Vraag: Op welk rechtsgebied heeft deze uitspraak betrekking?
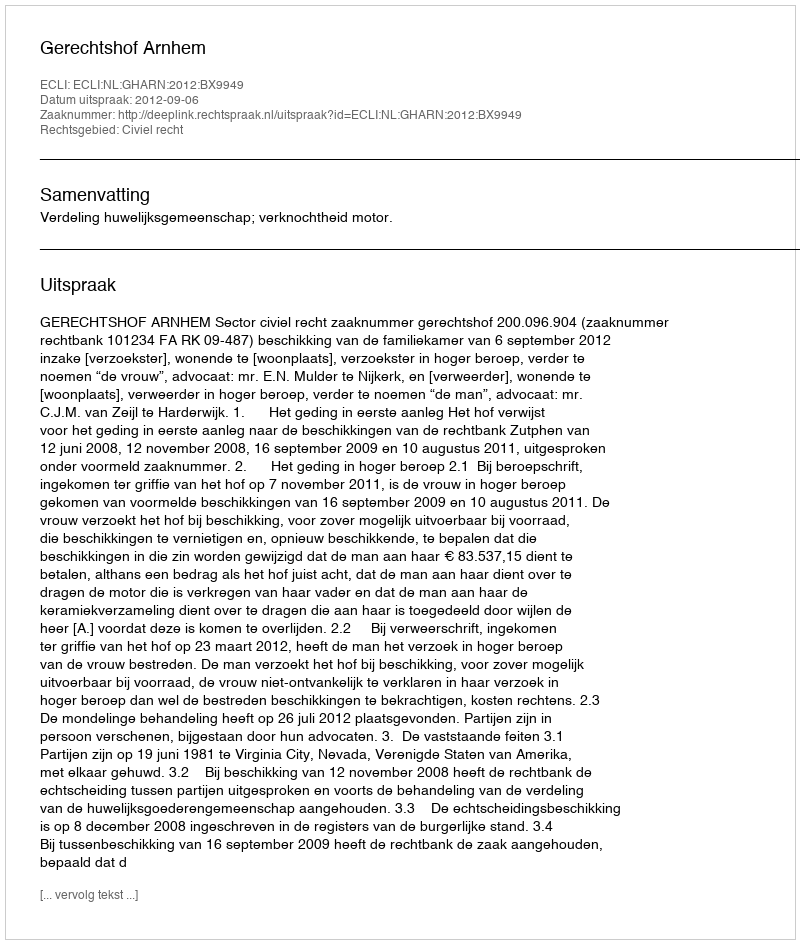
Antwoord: Civiel recht